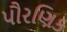
પૌરણિક